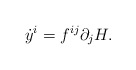
\begin{align*}{\dot{y}}^i = f^{ij} \partial_j H. \end{align*}